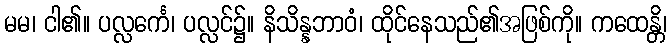
မမ၊ ငါ၏။ ပလ္လင်္ကေ၊ ပလ္လင်၌။ နိသိန္နဘာဝံ၊ ထိုင်နေသည်၏အဖြစ်ကို။ ကထေန္တိ၊